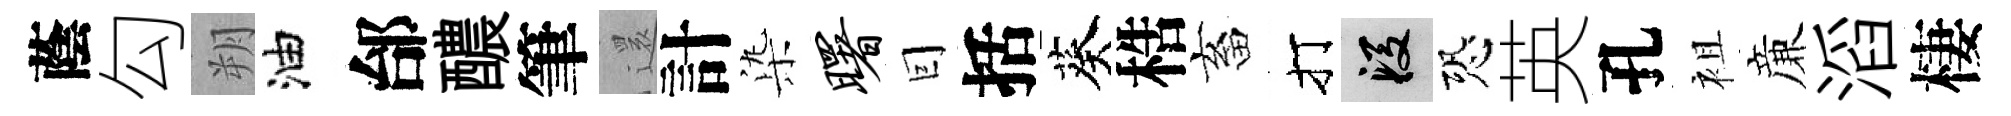
蔭勾朔油邰醲筆𮟃計𣑱曙囙括葵梏畜打段恐英孔袓亷滔棲